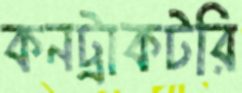
কনট্রাকটরি